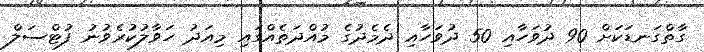
ގާތްގަނޑަކަށް 90 ދުވަހާއި 50 ދުވަހާއި ދެމެދުގެ މުއްދަތެއްގައި މިއަދު ހަވާލުކުރެވުނު ފުޓްސަލް